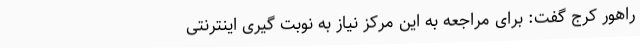
راهور کرج گفت: برای مراجعه به این مرکز نیاز به نوبت گیری اینترنتی